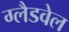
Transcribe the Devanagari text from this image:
ग्लैडवेल